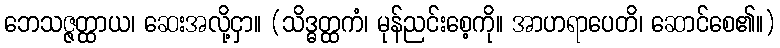
ဘေသဇ္ဇတ္ထာယ၊ ဆေးအလို့ငှာ။ (သိဒ္ဓတ္ထကံ၊ မုန်ညင်းစေ့ကို။ အာဟရာပေတိ၊ ဆောင်စေ၏။)